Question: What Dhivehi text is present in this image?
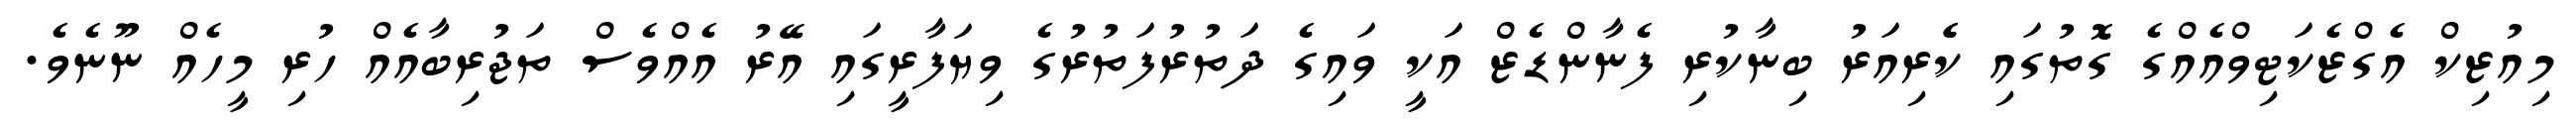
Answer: މިއުޒިކް އެގްޒެކަޓިވްއެއްގެ ގޮތުގައި ކެެރިއަރު ބިނާކުރި ފެނާންޑެޒް އަކީ ވައިގެ ދަތުރުފަތުރުގެ ވިޔަފާރީގައި އޭރު އެއްވެސް ތަޖުރިބާއެއް ހުރި މީހެއް ނޫނެވެ.